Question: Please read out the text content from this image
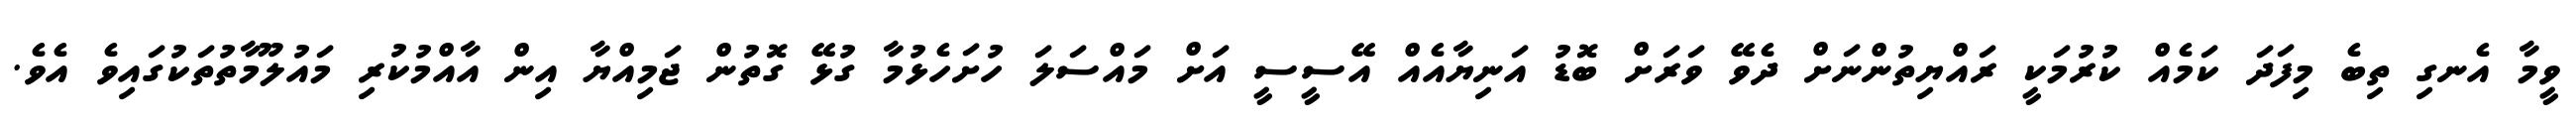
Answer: ވީމާ އެނގި ތިބެ މިފަދަ ކަމެއް ކުރުމަކީ ރައްޔިތުންނަށް ދެވޭ ވަރަށް ބޮޑު އަނިޔާއެއް އޭސީސީ އަށް މައްސަލަ ހުށަހެޅުމާ ގުޅޭ ގޮތުން ޖަމިއްޔާ އިން އާއްމުކުރި މައުލޫމާތުތަކުގައިވެ އެވެ.